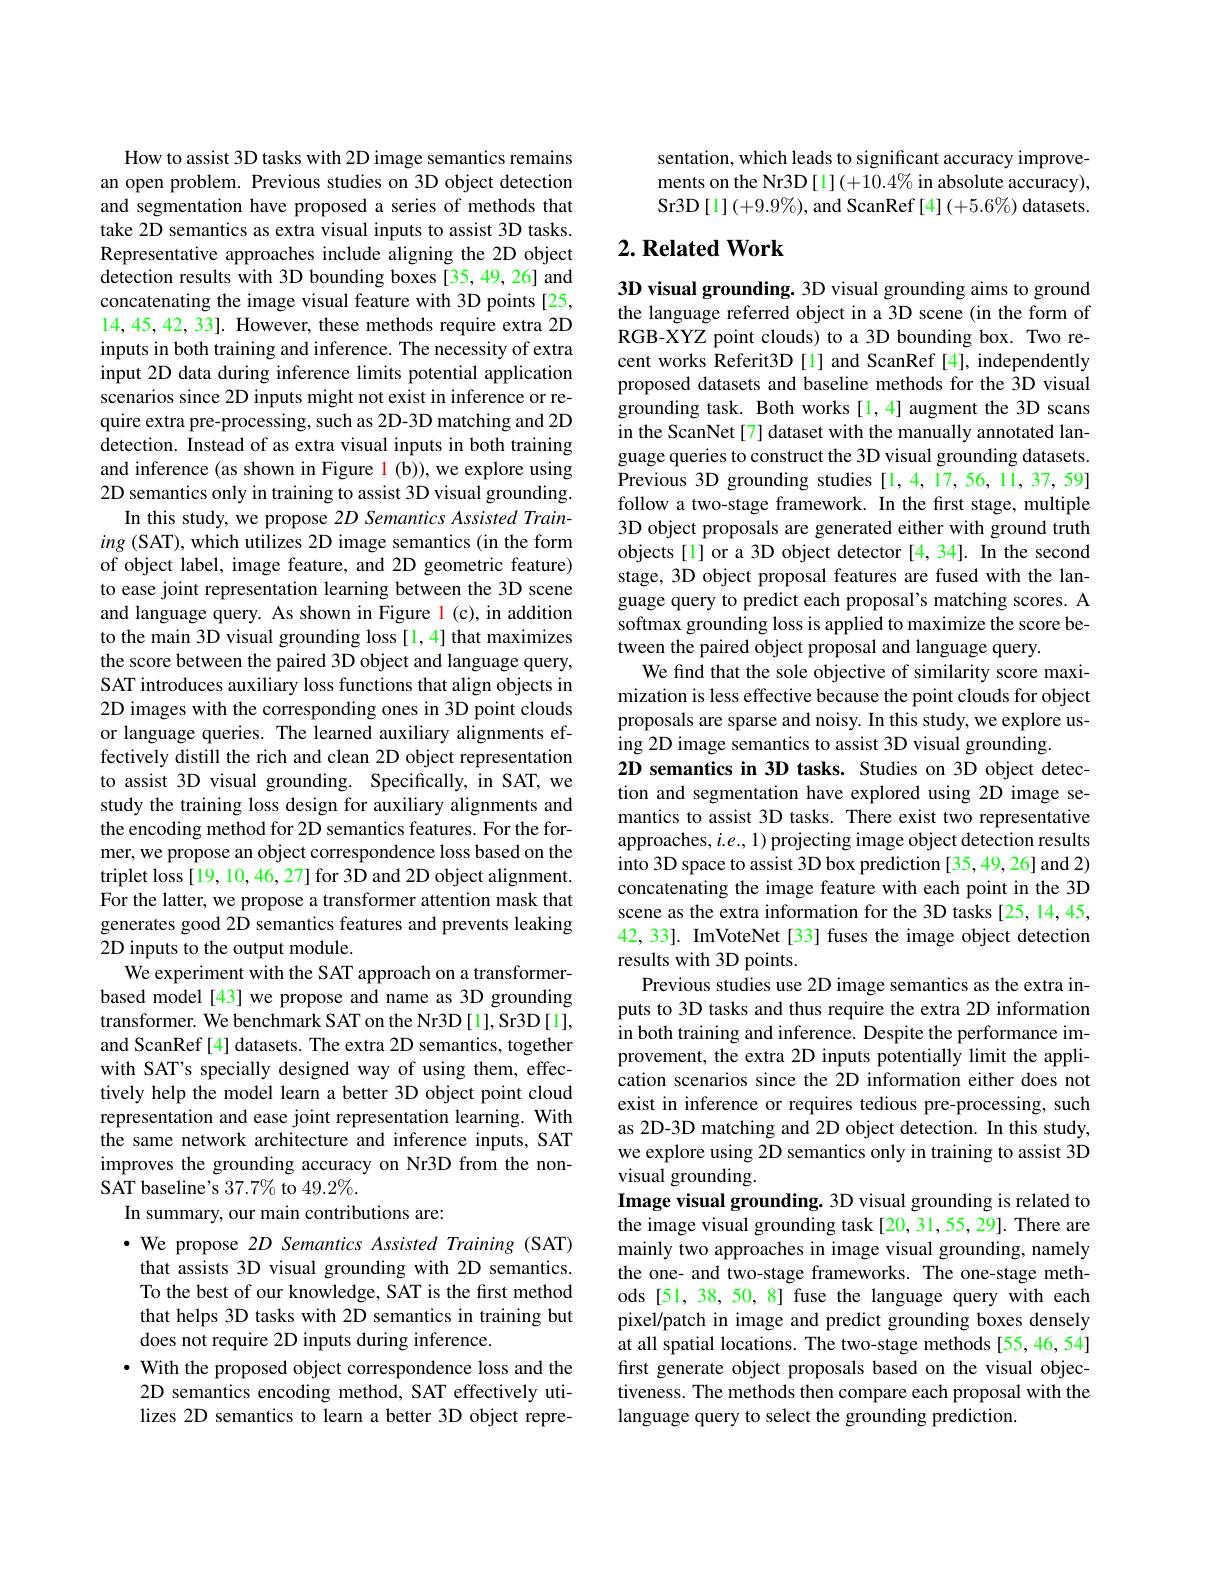
How to assist 3D tasks with 2D image semantics remains an open problem. Previous studies on 3D object detection and segmentation have proposed a series of methods that take 2D semantics as extra visual inputs to assist 3D tasks. Representative approaches include aligning the 2D object detection results with 3D bounding boxes [35,49,26] and concatenating the image visual feature with 3D points[25, 14,45,42,33]. However, these methods require extra 2D inputs in both training and inference. The necessity of extra input 2D data during inference limits potential application scenarios since 2D inputs might not exist in inference or require extra pre-processing, such as 2D-3D matching and 2D detection. Instead of as extra visual inputs in both training and inference (as shown in Figure l (b)), we explore using 2D semantics only in training to assist 3D visual grounding.
In this study, we propose 2D Semantics Assisted Training (SAT), which utilizes 2D image semantics (in the form of object label, image feature, and 2D geometric feature) to ease joint representation learning between the 3D scene and language query. As shown in Figure l (c), in addition to the main 3D visual grounding loss[1,4] that maximizes the score between the paired 3D object and language query, SAT introduces auxiliary loss functions that align objects in 2D images with the corresponding ones in 3D point clouds or language queries. The learned auxiliary alignments effectively distill the rich and clean 2D object representation to assist 3D visual grounding. Specifically, in SAT, we study the training loss design for auxiliary alignments and the encoding method for 2D semantics features. For the former, we propose an object correspondence loss based on the triplet loss[19, 10, 46, 27] for 3D and 2D object alignment. For the latter, we propose a transformer attention mask that generates good 2D semantics features and prevents leaking 2D inputs to the output module.
We experiment with the SAT approach on a transformerbased model [43] we propose and name as 3D grounding transformer. We benchmark SAT on the Nr3D [1], Sr3D [1], and ScanRef [4] datasets. The extra 2D semantics, together with SAT's specially designed way of using them, effectively help the model learn a better 3D object point cloud representation and ease joint representation learning. With the same network architecture and inference inputs, SAT improves the grounding accuracy on Nr3D from the nonSAT baseline's $37.7\%$ to $49.2\%.$
In summary, our main contributions are:
$\cdot$ We propose 2D Semantics Assisted Training (SAT) that assists 3D visual grounding with 2D semantics. To the best of our knowledge, SAT is the first method that helps 3D tasks with 2D semantics in training but does not require 2D inputs during inference.
$\cdot$ With the proposed object correspondence loss and the 2D semantics encoding method, SAT effectively utilizes 2D semantics to learn a better 3D object repre-

sentation, which leads to significant accuracy improvements on the Nr3D [1](+10.4% in absolute accuracy), Sr3D$\left[1\right](+9.9\%)$,and ScanRef$\left[4\right](+5.6\%)$datasets.

## $2. \textbf{Related Work}$

3D visual grounding. 3D visual grounding aims to ground the language referred object in a 3D scene (in the form of RGB-XYZ point clouds) to a 3D bounding box. Two recent works Referit3D [1] and ScanRef [4], independently proposed datasets and baseline methods for the 3D visual grounding task. Both works[1,4] augment the 3D scans in the ScanNet[7] dataset with the manually annotated language queries to construct the 3D visual grounding datasets. Previous 3D grounding studies [1,4,17,56,11,37,59] follow a two-stage framework. In the first stage, multiple 3D object proposals are generated either with ground truth objects[l] or a 3D object detector [4,34]. In the second stage, 3D object proposal features are fused with the language query to predict each proposal's matching scores. A softmax grounding loss is applied to maximize the score between the paired object proposal and language query.
We find that the sole objective of similarity score maximization is less effective because the point clouds for object proposals are sparse and noisy. In this study, we explore using 2D image semantics to assist 3D visual grounding.
2D semantics in 3D tasks. Studies on 3D object detection and segmentation have explored using 2D image semantics to assist 3D tasks. There exist two representative approaches, $i.e,1)$ projecting image object detection results into 3D space to assist 3D box prediction [35,49,26] and 2) concatenating the image feature with each point in the 3D scene as the extra information for the 3D tasks [25,14,45, 42, 33]. ImVoteNet [33] fuses the image object detection results with 3D points.
Previous studies use 2D image semantics as the extra inputs to 3D tasks and thus require the extra 2D information in both training and inference. Despite the performance improvement, the extra 2D inputs potentially limit the application scenarios since the 2D information either does not exist in inference or requires tedious pre-processing, such as 2D-3D matching and 2D object detection. In this study, we explore using 2D semantics only in training to assist 3D visual grounding.
Image visual grounding. 3D visual grounding is related to the image visual grounding task [20,31,55,29]. There are mainly two approaches in image visual grounding, namely the one- and two-stage frameworks. The one-stage methods [51, 38, 50, 8] fuse the language query with each pixel/patch in image and predict grounding boxes densely at all spatial locations. The two-stage methods [55,46,54] first generate object proposals based on the visual objectiveness. The methods then compare each proposal with the language query to select the grounding prediction.